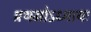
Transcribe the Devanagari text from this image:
प्रथमोऽध्यायः